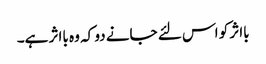
بااثر کو اس لئے جانے دو کہ وہ بااثر ہے۔